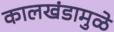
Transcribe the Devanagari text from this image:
कालखंडामुळे